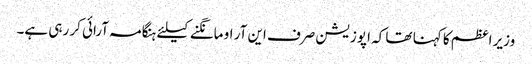
وزیر اعظم کا کہنا تھا کہ اپوزیشن صرف این آر او مانگنے کیلئے ہنگامہ آرائی کر رہی ہے۔